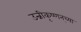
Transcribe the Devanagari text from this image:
उन्नीकृष्णन्‌च्या